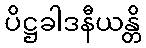
ပိဋ္ဌခါဒနီယန္တိ